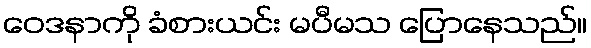
ဝေဒနာကို ခံစားယင်း မပီမသ ပြောနေသည်။